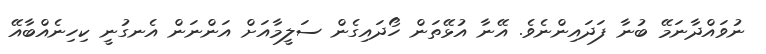
ނުވައްދާނަމޭ ބުނާ ފަދައިންނެވެ. އޭނާ އުޅޭތަން ހޯދައިގެން ސަލީމާއަށް އަންނަން އެނގުނީ ކިހިނެއްބާއޭ